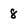
Character: 8